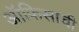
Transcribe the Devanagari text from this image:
ऑफिसाची